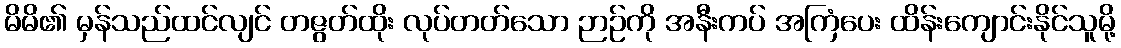
မိမိ၏ မှန်သည်ထင်လျင် တဇွတ်ထိုး လုပ်တတ်သော ဉာဉ်ကို အနီးကပ် အကြံပေး ထိန်းကျောင်းနိုင်သူမို့